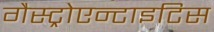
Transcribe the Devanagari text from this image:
गैस्ट्रोएन्टाइटिस